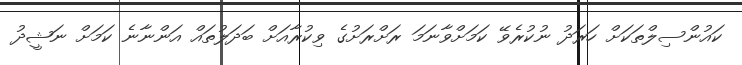
ކައުންސިލްތަކަށް ހަރަދު ނުކުރެވޭ ކަމަށްވާނަމަ ރަށްރަށުގެ ވިކުރާއަށް ބަދަލުތައް އަންނާނެ ކަމަށް ނަޝީދު